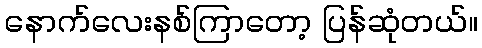
နောက်လေးနစ်ကြာတော့ ပြန်ဆုံတယ်။